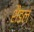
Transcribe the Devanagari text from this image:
शैडल